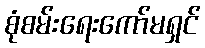
စုံစမ်းရေးကော်မရှင်